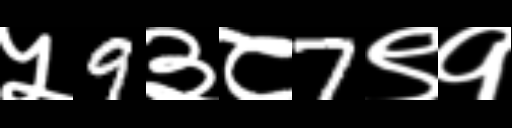
Text: ५9३८7९१